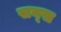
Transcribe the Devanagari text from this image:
सय्स